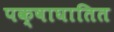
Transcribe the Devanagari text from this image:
पक्षाघातित